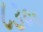
૮૩૦૦